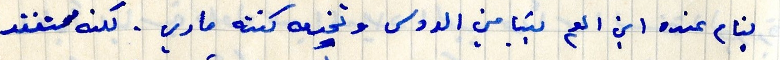
بنام عنده ابن العم بنيامين الدوس وتخيه كنته ماري. لكنه مستفقد